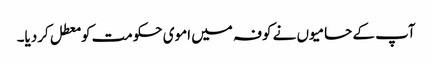
آپ کے حامیوں نے کوفہ میں اموی حکومت کو معطل کردیا۔